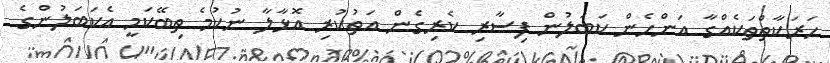
ހަރަކާތްތަކެއްގާ އަންހެން ކަބަލުން ފިސާރި ކެރިގެން އަތުުކުރި އޮޅާލާ ނުކުމެ ތިބޭކަމީ އެކަބަލުންގެ